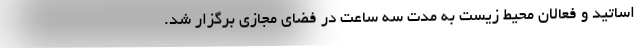
اساتید و فعالان محیط زیست به مدت سه ساعت در فضای مجازی برگزار شد.